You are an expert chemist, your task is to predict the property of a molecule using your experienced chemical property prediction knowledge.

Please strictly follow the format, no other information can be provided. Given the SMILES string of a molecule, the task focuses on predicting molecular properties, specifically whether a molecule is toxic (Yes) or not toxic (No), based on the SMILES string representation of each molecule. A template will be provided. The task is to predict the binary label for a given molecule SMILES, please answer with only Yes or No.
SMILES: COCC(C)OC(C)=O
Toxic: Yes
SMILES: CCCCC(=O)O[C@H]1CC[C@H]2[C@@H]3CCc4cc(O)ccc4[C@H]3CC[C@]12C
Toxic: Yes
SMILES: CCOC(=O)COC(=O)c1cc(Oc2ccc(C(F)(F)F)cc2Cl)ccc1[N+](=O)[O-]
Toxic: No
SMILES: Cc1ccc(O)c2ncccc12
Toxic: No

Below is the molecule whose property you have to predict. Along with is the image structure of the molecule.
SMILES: CCOC(=O)[C@]1(c2ccccc2)Oc2ccccc2[C@@H]1N
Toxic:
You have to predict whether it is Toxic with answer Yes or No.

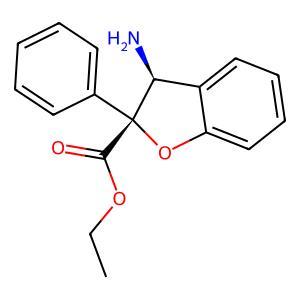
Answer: No